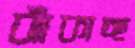
ঝাঁকাচ্ছ